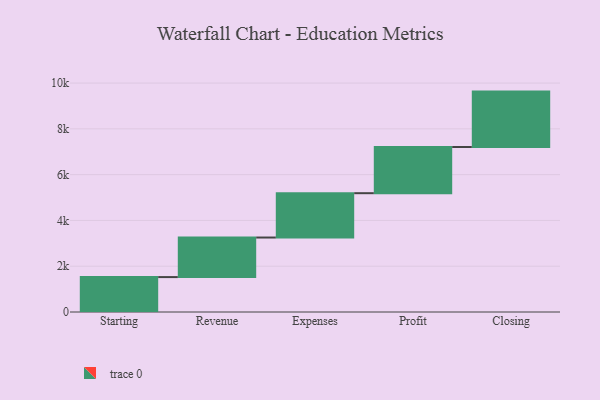
{"axis": {"x": "Step", "y": "Value"}, "legend": [""], "data": [{"x": "Starting", "y": 1525.0, "type": ""}, {"x": "Revenue", "y": 1728.0, "type": ""}, {"x": "Expenses", "y": 1937.0, "type": ""}, {"x": "Profit", "y": 2017.0, "type": ""}, {"x": "Closing", "y": 2421.0, "type": ""}]}